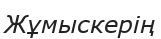
Жұмыскерің